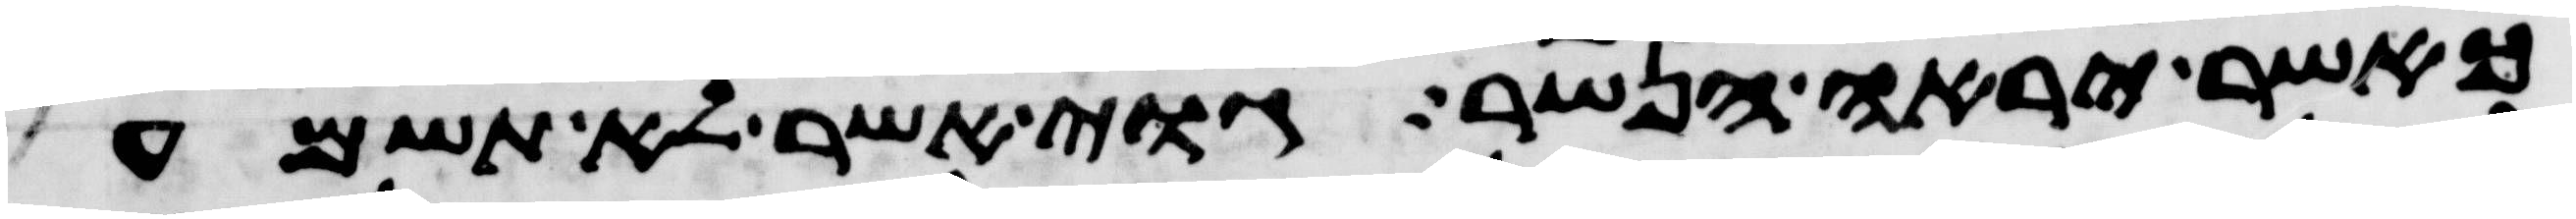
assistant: כאשר יראה הנשר גוי אשר לא תשמע